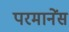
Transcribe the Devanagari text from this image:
परमानेंस